Civil Veterinary Dept. Bombay admin report 1932-41 - 1932-1941
Year: 1932
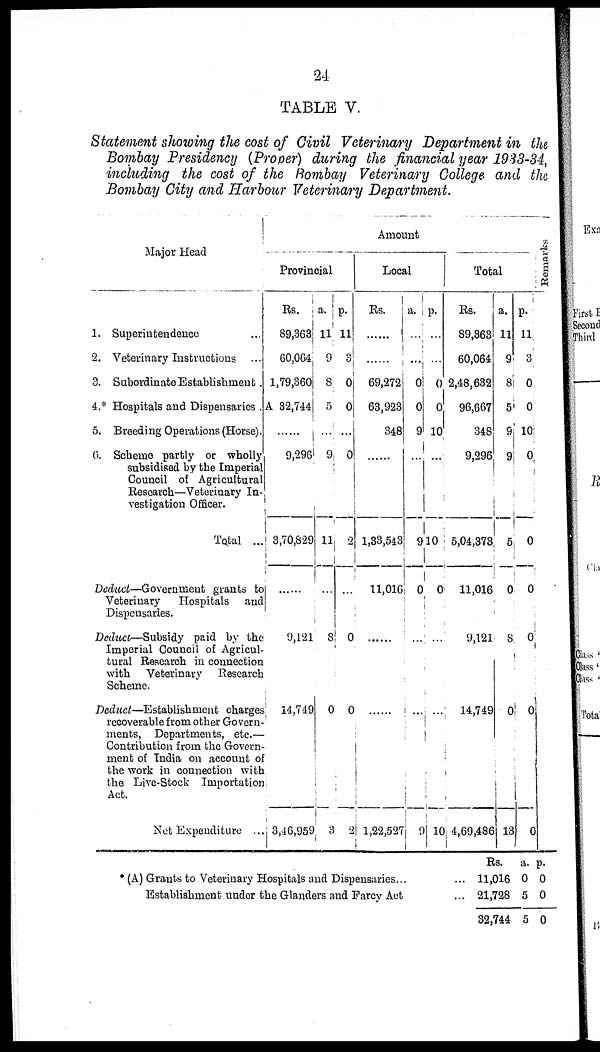
24
TABLE V.
Statement showing the cost of Civil Veterinary Department in the
Bombay Presidency (Proper) during the financial year 1933-34,
including the cost of the Bombay Veterinary College and the
Bombay City and Harbour Veterinary Department.
Major Head
1. Superintendence ...
2. Veterinary Instructions ...
3. Subordinate Establishment.
4.* Hospitals and Dispensaries .
5. Breeding Operations (Horse).
C. Scheme partly or wholly
subsidised by the Imperial
Council of Agricultural
Research—Veterinary In-
vestigation Officer.
Total ...
Deduct—Government grants to
Veterinary Hospitals and
Dispensaries.
Deduct—Subsidy paid by the
Imperial Council of Agricul-
tural Research in connection
with Veterinary Research
Scheme.
Deduct—Establishment charges
recoverable from other Govern-
ments, Departments, etc.—
Contribution from the Govern-
ment of India on account of
the work in connection with
the Live-Stock Importation
Act.
Net Expenditure ..
Amount
Provincial
Rs.
89,363
60,064
1,79,360
A 32,744
9,296
3,70,829
......
9,121
14,749
3,46,959
a.
11
9
8
5
...
9
11
...
8
0
3
p.
11
0
0
0
...
0
2
...
0
0
2
Local
Rs.
......
69,272
63,923
348
......
1,33,543
11,016
......
1,22,52
a.
...
...
0
0
9
...
9
0
...
...
9
p.
...
0
0
10
...
10
0
...
...
10
Total
Rs.
89,363
60,064
2,48,632
96,667
348
9,296
5,04,373
11,016
9,121
14,749
4,69,486
a.
11
9
8
5
9
9
5
0
8
0
13
p.
11
3
0
0
10
0
0
0
0
0
0
Remarks
* (A) Grants to Veterinary Hospitals and Dispensaries...
...
Establishment under the Glanders and Farcy Act
...
Rs.
11,016
21,728
32,744
a.
0
5
5
p.
0
0
0